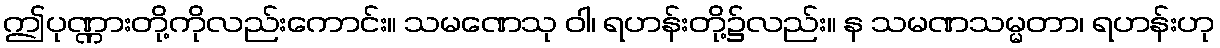
ဤပုဏ္ဏားတို့ကိုလည်းကောင်း။ သမဏေသု ဝါ၊ ရဟန်းတို့၌လည်း။ န သမဏသမ္မတာ၊ ရဟန်းဟု